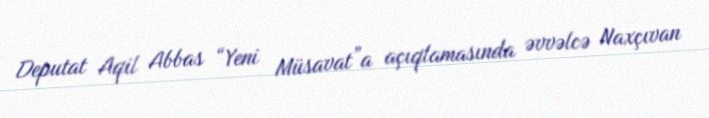
Deputat Aqil Abbas “Yeni Müsavat”a açıqlamasında əvvəlcə Naxçıvan